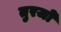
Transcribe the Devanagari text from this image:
तुरजो